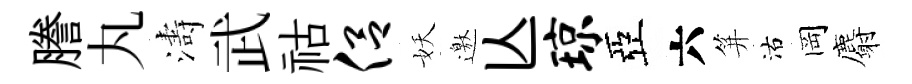
謄丸濤武祜侣妖邀亾琼亞六笄沽岡麝